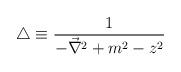
LaTeX: \begin{align*}\triangle \equiv \frac{1}{-\vec{\nabla}^2 +m^2 -z^2}\end{align*}